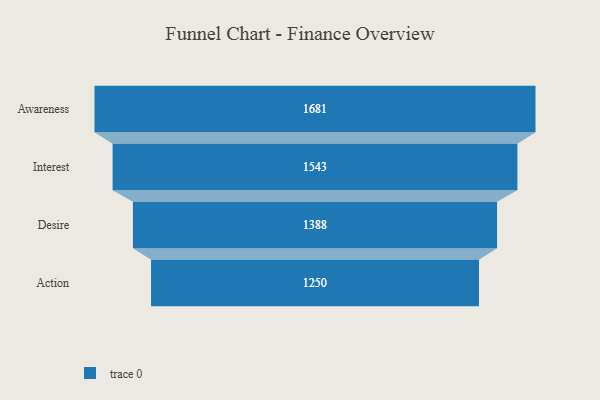
{"axis": {"x": "Stage", "y": "Value"}, "legend": [""], "data": [{"x": "Awareness", "y": 1681.0, "type": ""}, {"x": "Interest", "y": 1543.0, "type": ""}, {"x": "Desire", "y": 1388.0, "type": ""}, {"x": "Action", "y": 1250.0, "type": ""}]}